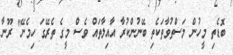
ބޮޑެތި މީހުން މަސްތުވާތަކެތި ބޭނުންކުރާ އާއިލާތައް ވެސް މީގެ ތެރޭގަ ހިމެނޭ" ރޫނާ